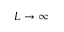
L \to \infty